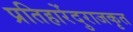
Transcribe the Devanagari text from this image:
प्रतिहारेंदुराजकृत